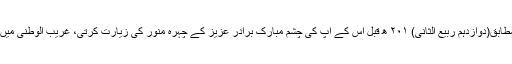
آخر کار روز دہم ربیع الثانی اور ایک قول کے مطابق(دوازدہم ربیع الثانی) ۲۰۱ ھ قبل اس کے آپ کی چشم مبارک برادر عزیز کے چہرہ منور کی زیارت کرتی، غریب الوطنی میں بہت زیادہ غم اندوہ دیکھنے کے بعد بند ہوگئیں۔